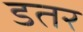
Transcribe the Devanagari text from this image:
डतर